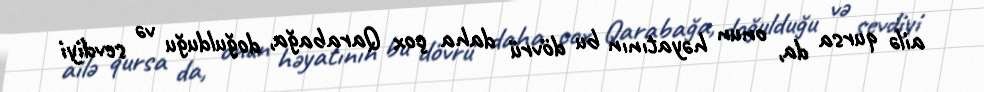
ailə qursa da, onun həyatının bu dövrü daha çox Qarabağa, doğulduğu və sevdiyi